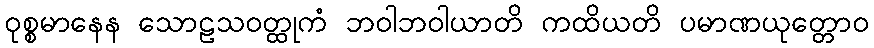
ဝုစ္စမာနေန သောဠသဝတ္ထုကံ ဘဝါဘဝါယာတိ ကထိယတိ ပမာဏယုတ္တောဝ